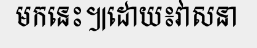
មកនេះ៕ដោយ៖វាសនា